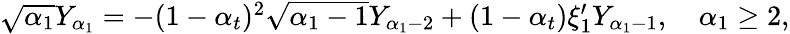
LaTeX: \begin{array}{r}{\sqrt{\alpha_{1}}Y_{\alpha_{1}}=-(1-\alpha_{t})^{2}\sqrt{\alpha_{1}-1}Y_{\alpha_{1}-2}+(1-\alpha_{t})\xi_{1}^{\prime}Y_{\alpha_{1}-1},\quad\alpha_{1}\geq 2,}\end{array}